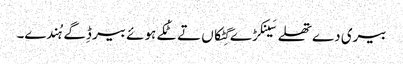
بیری دے تھلے سَینکڑے گِٹکاں تے ٹُکے ہوئے بیر ڈِگے ہُندے۔